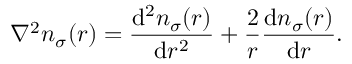
\nabla ^ { 2 } n _ { \sigma } ( r ) = \frac { \mathrm { d } ^ { 2 } n _ { \sigma } ( r ) } { \mathrm { d } r ^ { 2 } } + \frac { 2 } { r } \frac { \mathrm { d } n _ { \sigma } ( r ) } { \mathrm { d } r } .